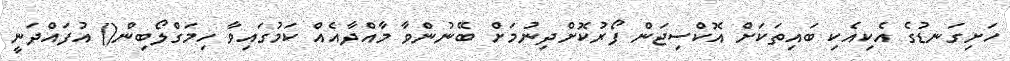
ހަށިގަނޑުގެ އެކިއެކި ބައިތަކަށް އޮކްސިޖަން ފޯރުކޮށްދިނުމަށް ބޭނުންވާ މާއްދާއެއް ކަމުގައިވާ ހިމަގްލޯބިން() އުފައްދަނީ